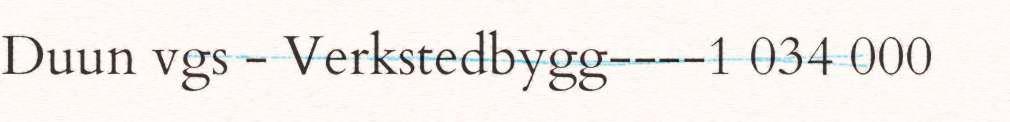
Duun vgs - Verkstedbygg----1 034 000